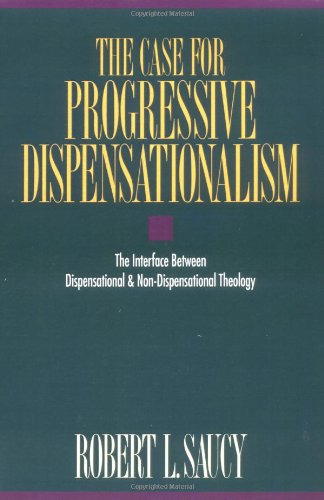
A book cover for Case for Progressive Dispensationalism, The; Robert Saucy; Christian Books & Bibles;